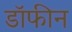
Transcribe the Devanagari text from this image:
डॉफीन